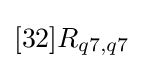
[32]R_{q7,q7}